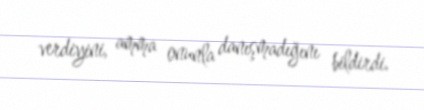
verdiyini, amma onunla danışmadığını bildirdi.